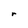
Character: r